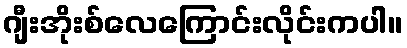
ဂျီးအိုးစ်လေကြောင်းလိုင်းကပါ။